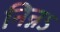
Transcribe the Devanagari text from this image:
निन्नऽ